Leaving Certificate Examination (including Day School Certificate (Higher) General paper), 1931
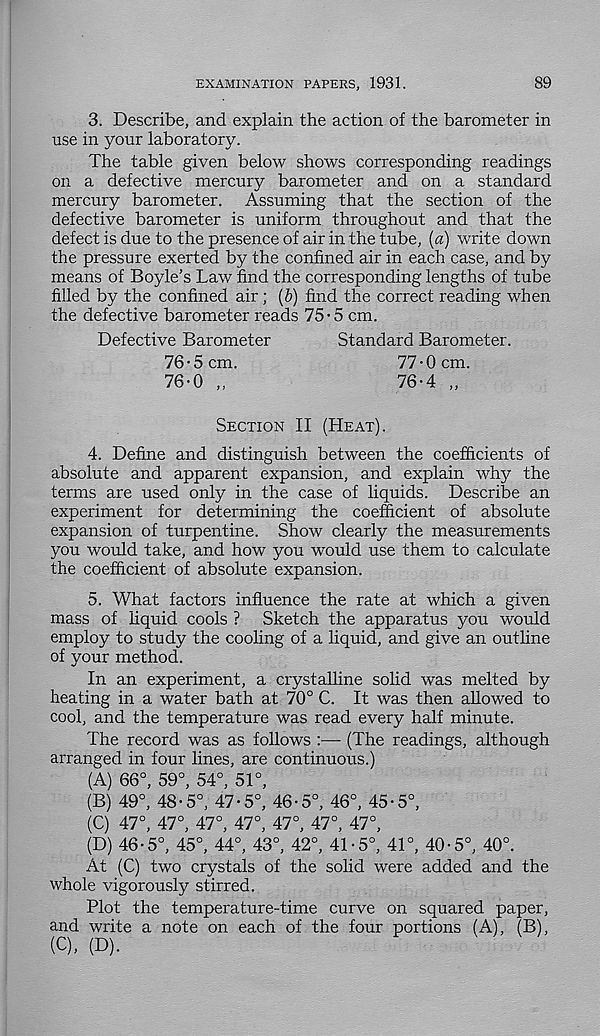
EXAMINATION PAPERS, 1931.
89
3. Describe, and explain the action of the barometer in
use in your laboratory.
The table given below shows corresponding readings
on a defective mercury barometer and on a standard
mercury barometer. Assuming that the section of the
defective barometer is uniform throughout and that the
defect is due to the presence of air in the tube, (a) write down
the pressure exerted by the confined air in each case, and by
means of Boyle’s Law find the corresponding lengths of tube
filled by the confined air ; (b) find the correct reading when
the defective barometer reads 75-5 cm.
Defective Barometer
Standard Barometer.
76-5 cm.
76-0 ,,
77 • 0 cm.
76-4 „
Section II (Heat).
4. Define and distinguish between the coefficients of
absolute and apparent expansion, and explain why the
terms are used only in the case of liquids. Describe an
experiment for determining the coefficient of absolute
expansion of turpentine. Show clearly the measurements
you would take, and how you would use them to calculate
the coefficient of absolute expansion.
5. What factors influence the rate at which a given
mass of liquid cools ? Sketch the apparatus you would
employ to study the cooling of a liquid, and give an outhne
of your method.
In an experiment, a crystalline solid was melted by
heating in a water bath at 70° C. It was then allowed to
cool, and the temperature was read every half minute.
The record was as follows :— (The readings, although
arranged in four lines, are continuous.)
At (C) two crystals of the solid were added and the
whole vigorously stirred.
Plot the temperature-time curve on squared paper,
and write a note on each of the four portions (A), (B),
(C), (D).